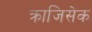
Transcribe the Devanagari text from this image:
क्राजिसेक